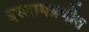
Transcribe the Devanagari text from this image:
इस्लामप्रणीत